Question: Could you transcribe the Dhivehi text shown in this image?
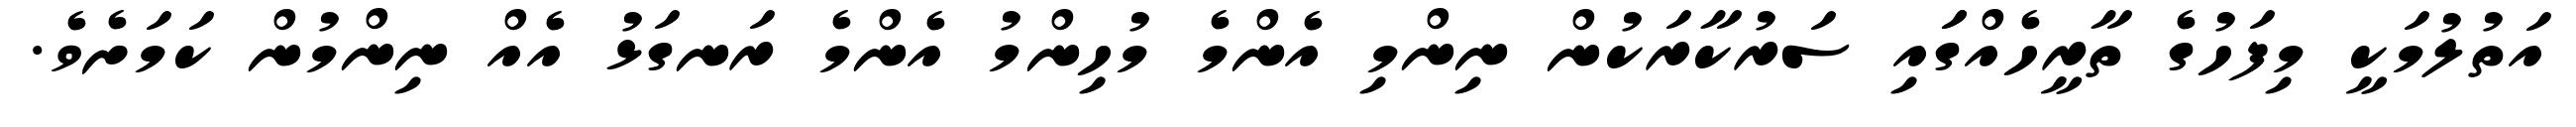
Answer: އަތުލުމަކީ މިފަހުގެ ތާރީހެއްގަައި ސަރުކާރަކުން ނިންމި އެންމެ މުހިންމު އެންމެ ރަނގަޅު އެއް ނިންމުން ކަމަށެވެ.